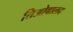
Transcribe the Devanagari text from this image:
तिओबालद